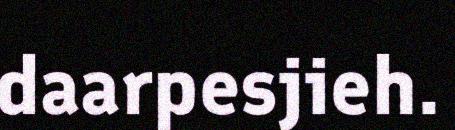
daarpesjieh.